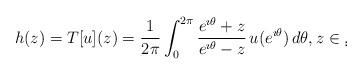
LaTeX: \begin{align*}h(z)= T[u](z) = \frac{1}{2\pi} \int_0^{2\pi} \frac{e^{\imath\theta}+z}{e^{\imath\theta}-z}\, u(e^{\imath\theta}) \, d\theta, z\in \d.\end{align*}